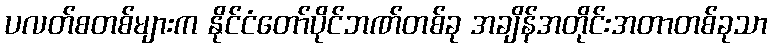
ပလတ်စတစ်များက နိုင်ငံတော်ပိုင်ဘဏ်တစ်ခု အချိန်အတိုင်းအတာတစ်ခုသာ